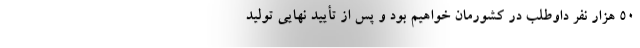
۵۰ هزار نفر داوطلب در کشورمان خواهیم بود و پس از تأیید نهایی تولید